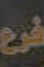
في